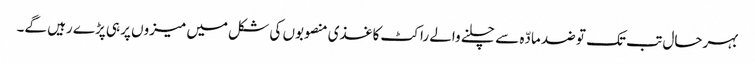
بہرحال تب تک تو ضد مادّہ سے چلنے والے راکٹ کاغذی منصوبوں کی شکل میں میزوں پر ہی پڑے رہیں گے۔